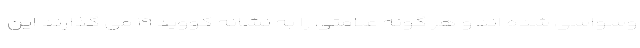
وسواسی شده اند و هر گونه علامتی را به نشانه کووید ۱۹ می گذارند این